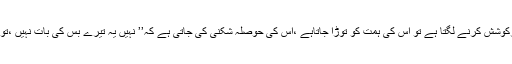
‘‘وہ انسان پھرکوشش کرنے لگتا ہے تو اس کی ہمت کو توڑا جاتاہے ،اس کی حوصلہ شکنی کی جاتی ہے کہ’’ نہیں یہ تیرے بس کی بات نہیں ،تو نہیں کرسکتا۔